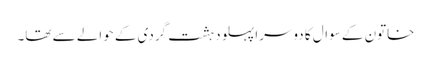
خاتون کے سوال کا دوسرا پہلو دہشت گردی کے حوالے سے تھا۔